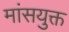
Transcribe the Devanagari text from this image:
मांसयुक्त